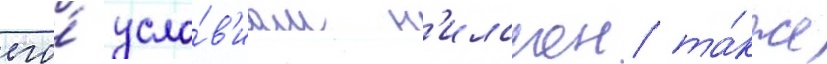
его́ усло́в'иам н'илссон та́кже